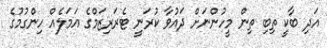
އަދި ބާކީ ތިބި ތިން މީހުންނަށް ދައުވާ ކުރަނީ ޓެރަރިޒަމްގެ އަމަލެއް ހިންގުމުގެ